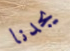
يجدنا